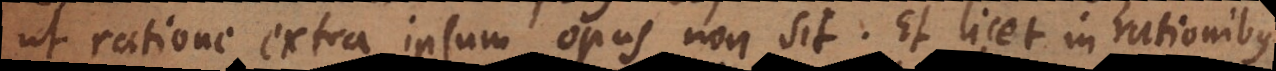
ut ratione extra ipsum opus non sit. Et licet in rationibus